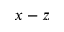
x - z